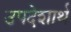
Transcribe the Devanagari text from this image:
उपदेशार्थ